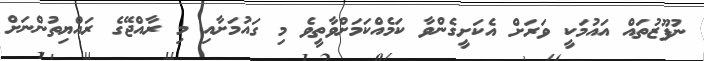
ނުފޫޒުތައް އައުމަކީ ވަރަށް އެކަށީގެންވާ ކަމެއްކަމަށްވާތީވެ މި ގައުމަށާއި މި ރާއްޖޭގެ ރައްޔިތުންނަށް